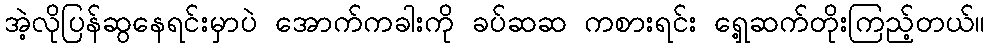
အဲ့လိုပြန်ဆွနေရင်းမှာပဲ အောက်ကခါးကို ခပ်ဆဆ ကစားရင်း ရှေ့ဆက်တိုးကြည့်တယ်။